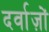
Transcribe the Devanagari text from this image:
दर्वाज़ों